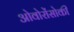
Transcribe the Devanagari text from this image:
ओवोरोंसोकी